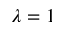
\lambda = 1